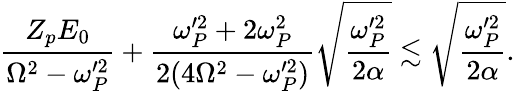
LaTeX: \frac{Z_{p}E_{0}}{\Omega^{2}-\omega_{P}^{\prime 2}}+\frac{\omega_{P}^{\prime 2}+2\omega_{P}^{2}}{2(4\Omega^{2}-\omega_{P}^{\prime 2})}\sqrt{\frac{\omega_{P}^{\prime 2}}{2\alpha}}\lesssim\sqrt{\frac{\omega_{P}^{\prime 2}}{2\alpha}}.